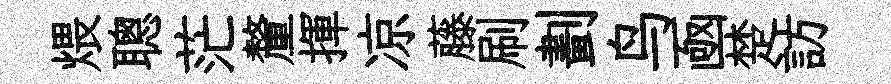
煨聰茫釐揮凉藤刷劃鸟凾楚訪